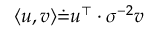
\langle u , v \rangle \dot { = } u ^ { \top } \cdot { \sigma } ^ { - 2 } v